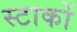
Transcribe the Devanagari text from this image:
स्टाकों